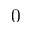
0